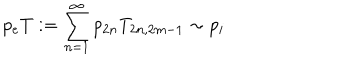
p _ { e } T : = \sum _ { n = 1 } ^ { \infty } p _ { 2 n } T _ { 2 n , 2 m - 1 } \sim p _ { i }